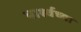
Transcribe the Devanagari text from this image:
पार्श्वच्या